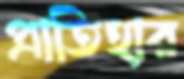
প্রাতিহার